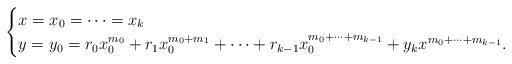
LaTeX: \begin{align*}\begin{cases}x = x_0 =\dots = x_k\\y = y_0 = r_0x_0^{m_0}+r_1x_0^{m_0+m_1}+\dots +r_{k-1}x_0^{m_0+\dots+m_{k-1}}+y_kx^{m_0+\dots +m_{k-1}}.\end{cases}\end{align*}